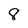
Character: 8